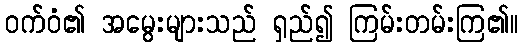
ဝက်ဝံ၏ အမွေးများသည် ရှည်၍ ကြမ်းတမ်းကြ၏။